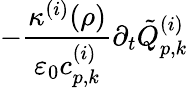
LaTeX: -\frac{\kappa^{(i)}(\rho)}{\varepsilon_{0}c_{p,k}^{(i)}}\partial_{t}\tilde{Q}_{p,k}^{(i)}